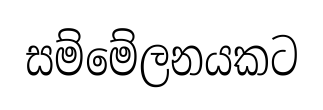
සම්මේලනයකට